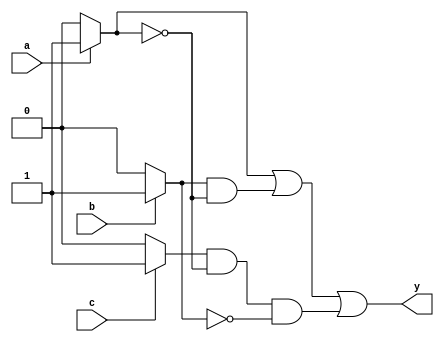
module multiple_drivers (
    input wire a,       // Input for Driver 1
    input wire b,       // Input for Driver 2
    input wire c,       // Input for Driver 3
    output wire y       // Output signal driven by multiple sources
);

// Internal signals for driver outputs
wire driver1_output;
wire driver2_output;
wire driver3_output;

// Driver 1: High if 'a' is high, else low
assign driver1_output = a ? 1'b1 : 1'b0;

// Driver 2: High if 'b' is high, else low
assign driver2_output = b ? 1'b1 : 1'b0;

// Driver 3: High if 'c' is high, else low
assign driver3_output = c ? 1'b1 : 1'b0;

// Priority resolution logic
// Assuming driver1 has the highest priority, followed by driver2, then driver3
assign y = driver1_output | (driver2_output & ~driver1_output) | (driver3_output & ~driver1_output & ~driver2_output);

endmodule